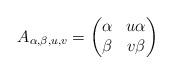
LaTeX: \begin{align*}A_{\alpha,\beta,u,v} = \begin{pmatrix}\alpha & u\alpha \\\beta & v\beta\end{pmatrix}\end{align*}